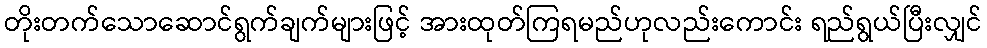
တိုးတက်သောဆောင်ရွက်ချက်များဖြင့် အားထုတ်ကြရမည်ဟုလည်းကောင်း ရည်ရွယ်ပြီးလျှင်